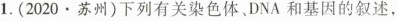
1.(2020·苏州)下列有关染色体DNA和基因的叙述，